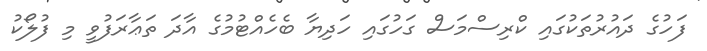
ފަހުގެ ދައުރުތަކުގައި ކްރިސްމަސް ގަހުގައި ހަދިޔާ ބެހެއްޓުމުގެ އާދަ ތަޢާރަފުވީ މި ފުލޯކު